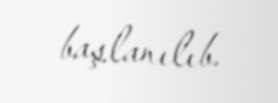
başlanılıb.